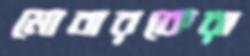
মোবারকেরা